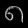
Digit: ၈